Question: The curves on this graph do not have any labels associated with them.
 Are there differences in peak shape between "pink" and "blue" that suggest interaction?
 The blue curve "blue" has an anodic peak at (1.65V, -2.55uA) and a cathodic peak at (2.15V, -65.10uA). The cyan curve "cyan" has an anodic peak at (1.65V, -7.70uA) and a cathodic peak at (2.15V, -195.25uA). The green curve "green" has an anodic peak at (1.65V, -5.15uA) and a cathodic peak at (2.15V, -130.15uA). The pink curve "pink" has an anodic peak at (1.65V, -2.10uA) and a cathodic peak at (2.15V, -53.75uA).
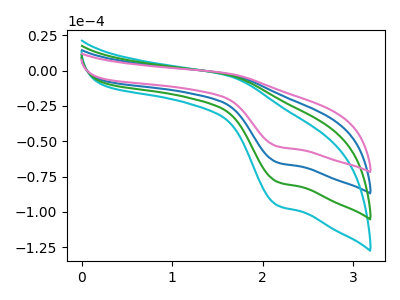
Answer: <think>All the peaks in "pink" have a peak in "blue" at the same potential.
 </think>
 <answer>No, "pink" and "blue" don't appear to be significantly different in shape</answer>
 <eval>no_change</eval>